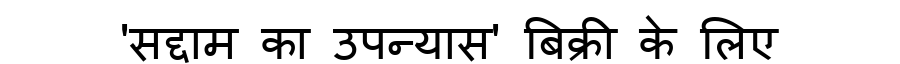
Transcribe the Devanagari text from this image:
'सद्दाम का उपन्यास' बिक्री के लिए